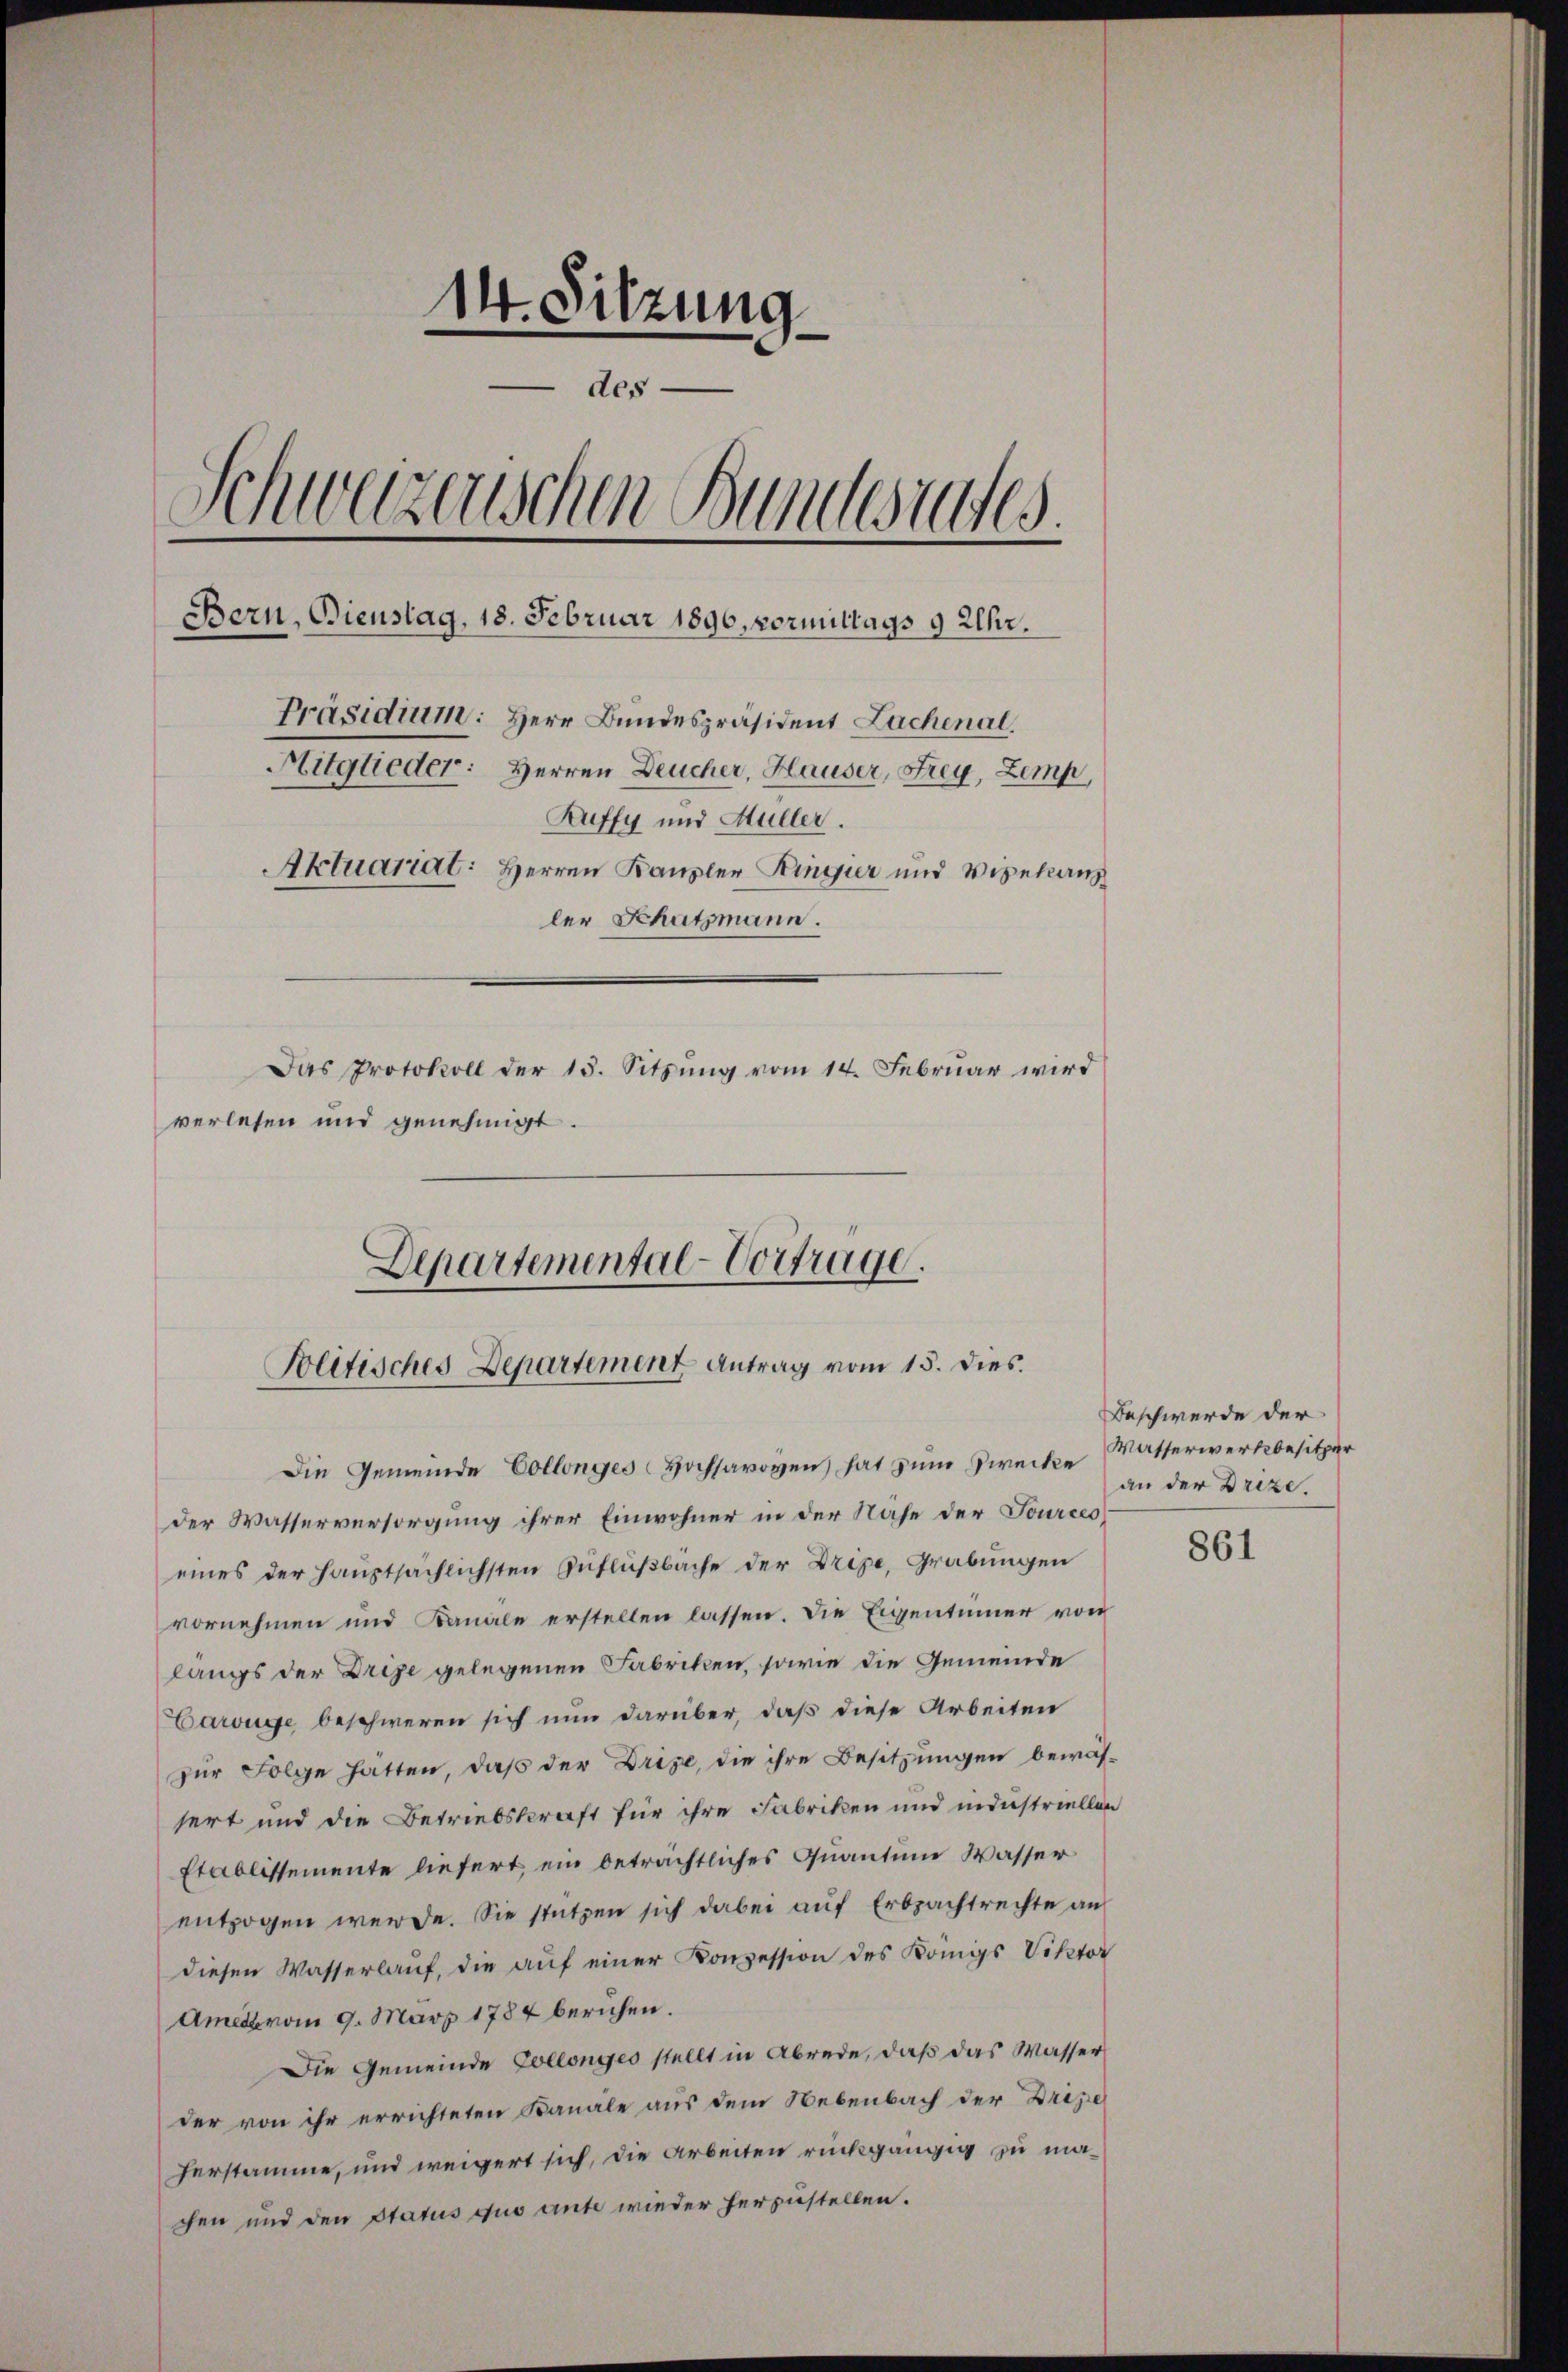
14. Sitzung
- des
Schweizerischen Bundesrates
Bern, Bienstag, 18. Februar 1890, Vormittags 9 Uhr.
Präsidium: Herr Bundespräsident Lachenal
Mitglieder: Herren Deucher, Hauser, Frey, Zemp,
Ruffy und Müller.
Aktuariat: Herren Kanzler Ringier und Vegetanz
ler Schatzmann.
Das Protokoll der 13. Sitzŭng vom 14. Februar wird
verlesen und genehmigt.

Departemental-Vortrage.
Politisches Departement Antrag vom 15. dies.

Die Gemeinde Collenges Hochsavoyen hat zum Zwecke Masserwerkbesitzer
der Wasserversorgung ihrer Einwohner in der Nähe der Tources
eines der Hauptsächlichsten Zuflußbäche der Dripe, Grabungen
vornehmen und Kanale erstellen lassen. Die Eigentümer von
langs der Drige gelegenen Fabriken, sowie die Gemeinde
arouge beschweren sich nun darüber, daß diese Arbeiten
zur Folge hätten, daß der Drige, die ihre Besitzungen bewässert und die Betriebskraft für ihre Fabriken und industriellen
Etablissemente liefert, ein beträchtliches Quantum Wasser
entzogen werde. Sie stützen sich dabei auf Erbpachtrechte an
diesen Wasserlaŭf, die aŭf einer Konzession des Königs Viktor
Ames vom 9. März 1784 beruhen.
Die Gemeinde Collenges stellt in Abrede, daß das Wasser
der von ihr errichteten Banale aus dem Nebenbach der Drije
Herstamme, und weigert sich, die Arbeiten rückgängig zu machen und den Status quo aute wieder herzustellen.

Beschwerde der
an der Drize.

861